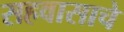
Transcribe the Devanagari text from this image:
सहवासाचे